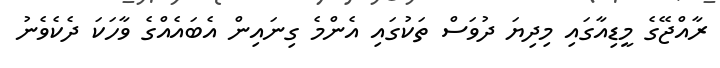
ރާއްޖޭގެ މީޑިއާގައި މިދިޔަ ދުވަސް ތަކުގައި އެންމެ ގިނައިން އެބައެއްގެ ވާހަކަ ދެކެވެނު